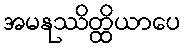
အမနုဿိတ္ထိယာပေ